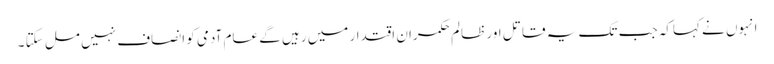
انہوں نے کہاکہ جب تک یہ قاتل اور ظالم حکمران اقتدار میں رہیں گے عام آدمی کو انصاف نہیں مل سکتا ۔